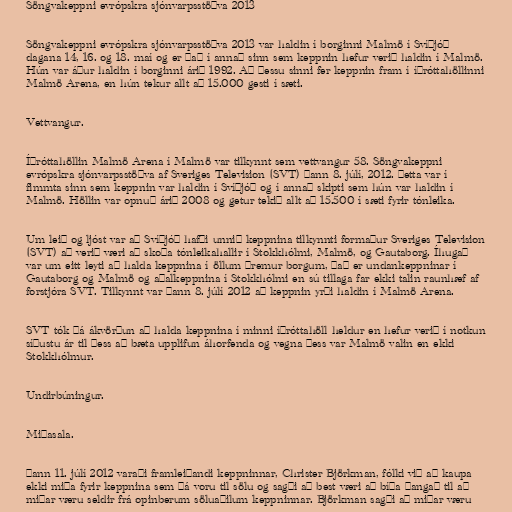
Söngvakeppni evrópskra sjónvarpsstöðva 2013

Söngvakeppni evrópskra sjónvarpsstöðva 2013 var haldin í borginni Malmö í Svíþjóð
dagana 14, 16. og 18. maí og er það í annað sinn sem keppnin hefur verið haldin í Malmö.
Hún var áður haldin í borginni árið 1992. Að þessu sinni fer keppnin fram í íþróttahöllinni
Malmö Arena, en hún tekur allt að 15.000 gesti í sæti.

Vettvangur.

Íþróttahöllin Malmö Arena í Malmö var tilkynnt sem vettvangur 58. Söngvakeppni
evrópskra sjónvarpsstöðva af Sveriges Television (SVT) þann 8. júlí, 2012. Þetta var í
fimmta sinn sem keppnin var haldin í Svíþjóð og í annað skipti sem hún var haldin í
Malmö. Höllin var opnuð árið 2008 og getur tekið allt að 15.500 í sæti fyrir tónleika.

Um leið og ljóst var að Svíþjóð hafði unnið keppnina tilkynnti formaður Sveriges Television
(SVT) að verið væri að skoða tónleikahallir í Stokkhólmi, Malmö, og Gautaborg. Íhugað
var um eitt leyti að halda keppnina í öllum þremur borgum, það er undankeppninar í
Gautaborg og Malmö og aðalkeppnina í Stokkhólmi en sú tillaga far ekki talin raunhæf af
forstjóra SVT. Tilkynnt var þann 8. júlí 2012 að keppnin yrði haldin í Malmö Arena.

SVT tók þá ákvörðun að halda keppnina í minni íþróttahöll heldur en hefur verið í notkun
síðustu ár til þess að bæta upplifun áhorfenda og vegna þess var Malmö valin en ekki
Stokkhólmur.

Undirbúningur.

Miðasala.

Þann 11. júlí 2012 varaði framleiðandi keppninnar, Christer Björkman, fólki við að kaupa
ekki miða fyrir keppnina sem þá voru til sölu og sagði að best væri að bíða þangað til að
miðar væru seldir frá opinberum söluaðilum keppninnar. Björkman sagði að miðar væru